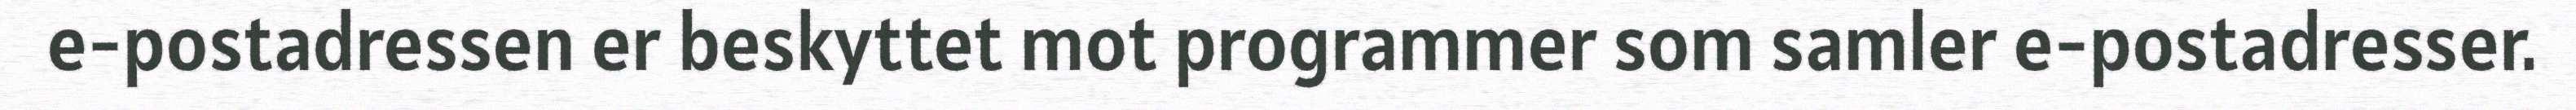
e-postadressen er beskyttet mot programmer som samler e-postadresser.